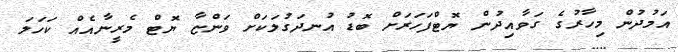
އަމުދުން މިހާރުގެ ގަވާއިދުން ޔޮޓްފަހަރަށް ބޮޑު އުނދަގުލަކަށް ވަންޏާ ޔޮޓް މެރީނާއެއް ކަހަލަ